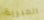
العبرية